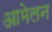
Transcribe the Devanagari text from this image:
आमेलन